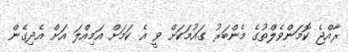
ރާއްޖެ ކޮމަންވެލްތުގެ މެންބަރު ގައުމަކަށް ވީ އެ ކަމަށް އަމިއްލަ އަށް އެދިގެން